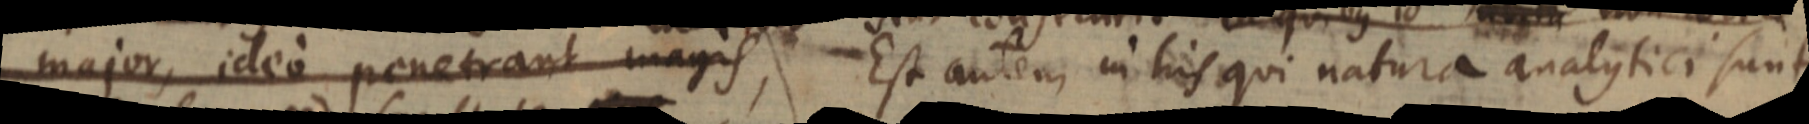
major, ideo penetrant magis, Est autem in his qui natura analytici sunt